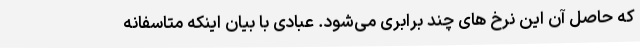
که حاصل آن این نرخ های چند برابری می‌شود. عبادی با بیان اینکه متاسفانه